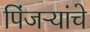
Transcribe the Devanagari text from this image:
पिंजऱ्यांचे